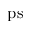
\mathrm { p s }